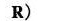
R )$$